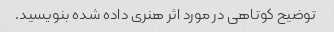
توضیح کوتاهی در مورد اثر هنری داده شده بنویسید.